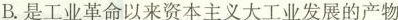
B.是工业革命以来资本主义大工业发展的产物